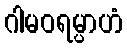
ဂါမဝရမ္ပာဟံ